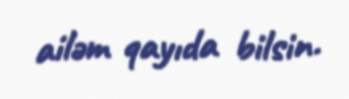
ailəm qayıda bilsin.